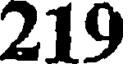
219